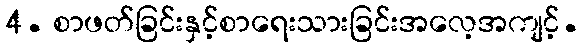
4. စာဖတ်ခြင်းနှင့်စာရေးသားခြင်းအလေ့အကျင့်.